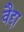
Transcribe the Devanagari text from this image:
वैद्दा